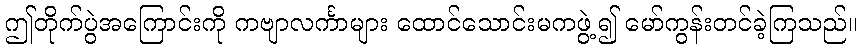
ဤတိုက်ပွဲအကြောင်းကို ကဗျာလင်္ကာများ ထောင်သောင်းမကဖွဲ့၍ မော်ကွန်းတင်ခဲ့ကြသည်။